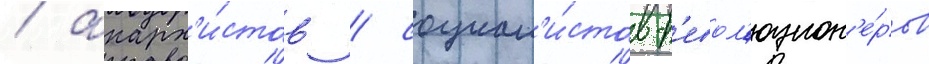
/ анарх'и́стов / социал'и́стов-р'евол'юцион'е́ров